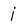
Character: j